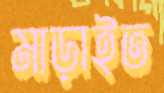
মাড়াইত